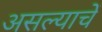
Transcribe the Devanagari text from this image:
असल्याचें